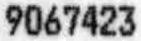
9067423